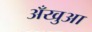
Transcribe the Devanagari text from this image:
अँखुआ